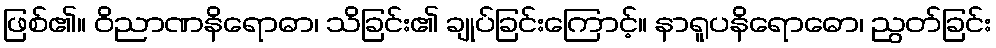
ဖြစ်၏။ ဝိညာဏနိရောဓာ၊ သိခြင်း၏ ချုပ်ခြင်းကြောင့်။ နာရူပနိရောဓော၊ ညွတ်ခြင်း